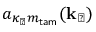
a _ { \kappa _ { \perp } m _ { \mathsf { t a m } } } ( { \bf k } _ { \perp } )